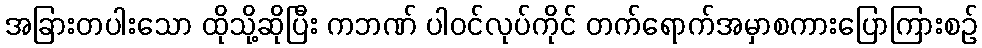
အခြားတပါးသော ထိုသို့ဆိုပြီး ကဘဏ် ပါဝင်လုပ်ကိုင် တက်ရောက်အမှာစကားပြောကြားစဉ်